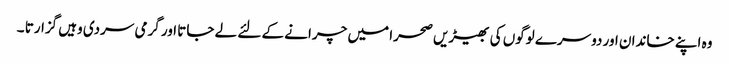
وہ اپنے خاندان اور دوسرے لوگوں کی بھیڑیں صحرا میں چرانے کے لئے لے جاتا اور گرمی سردی وہیں گزارتا ۔